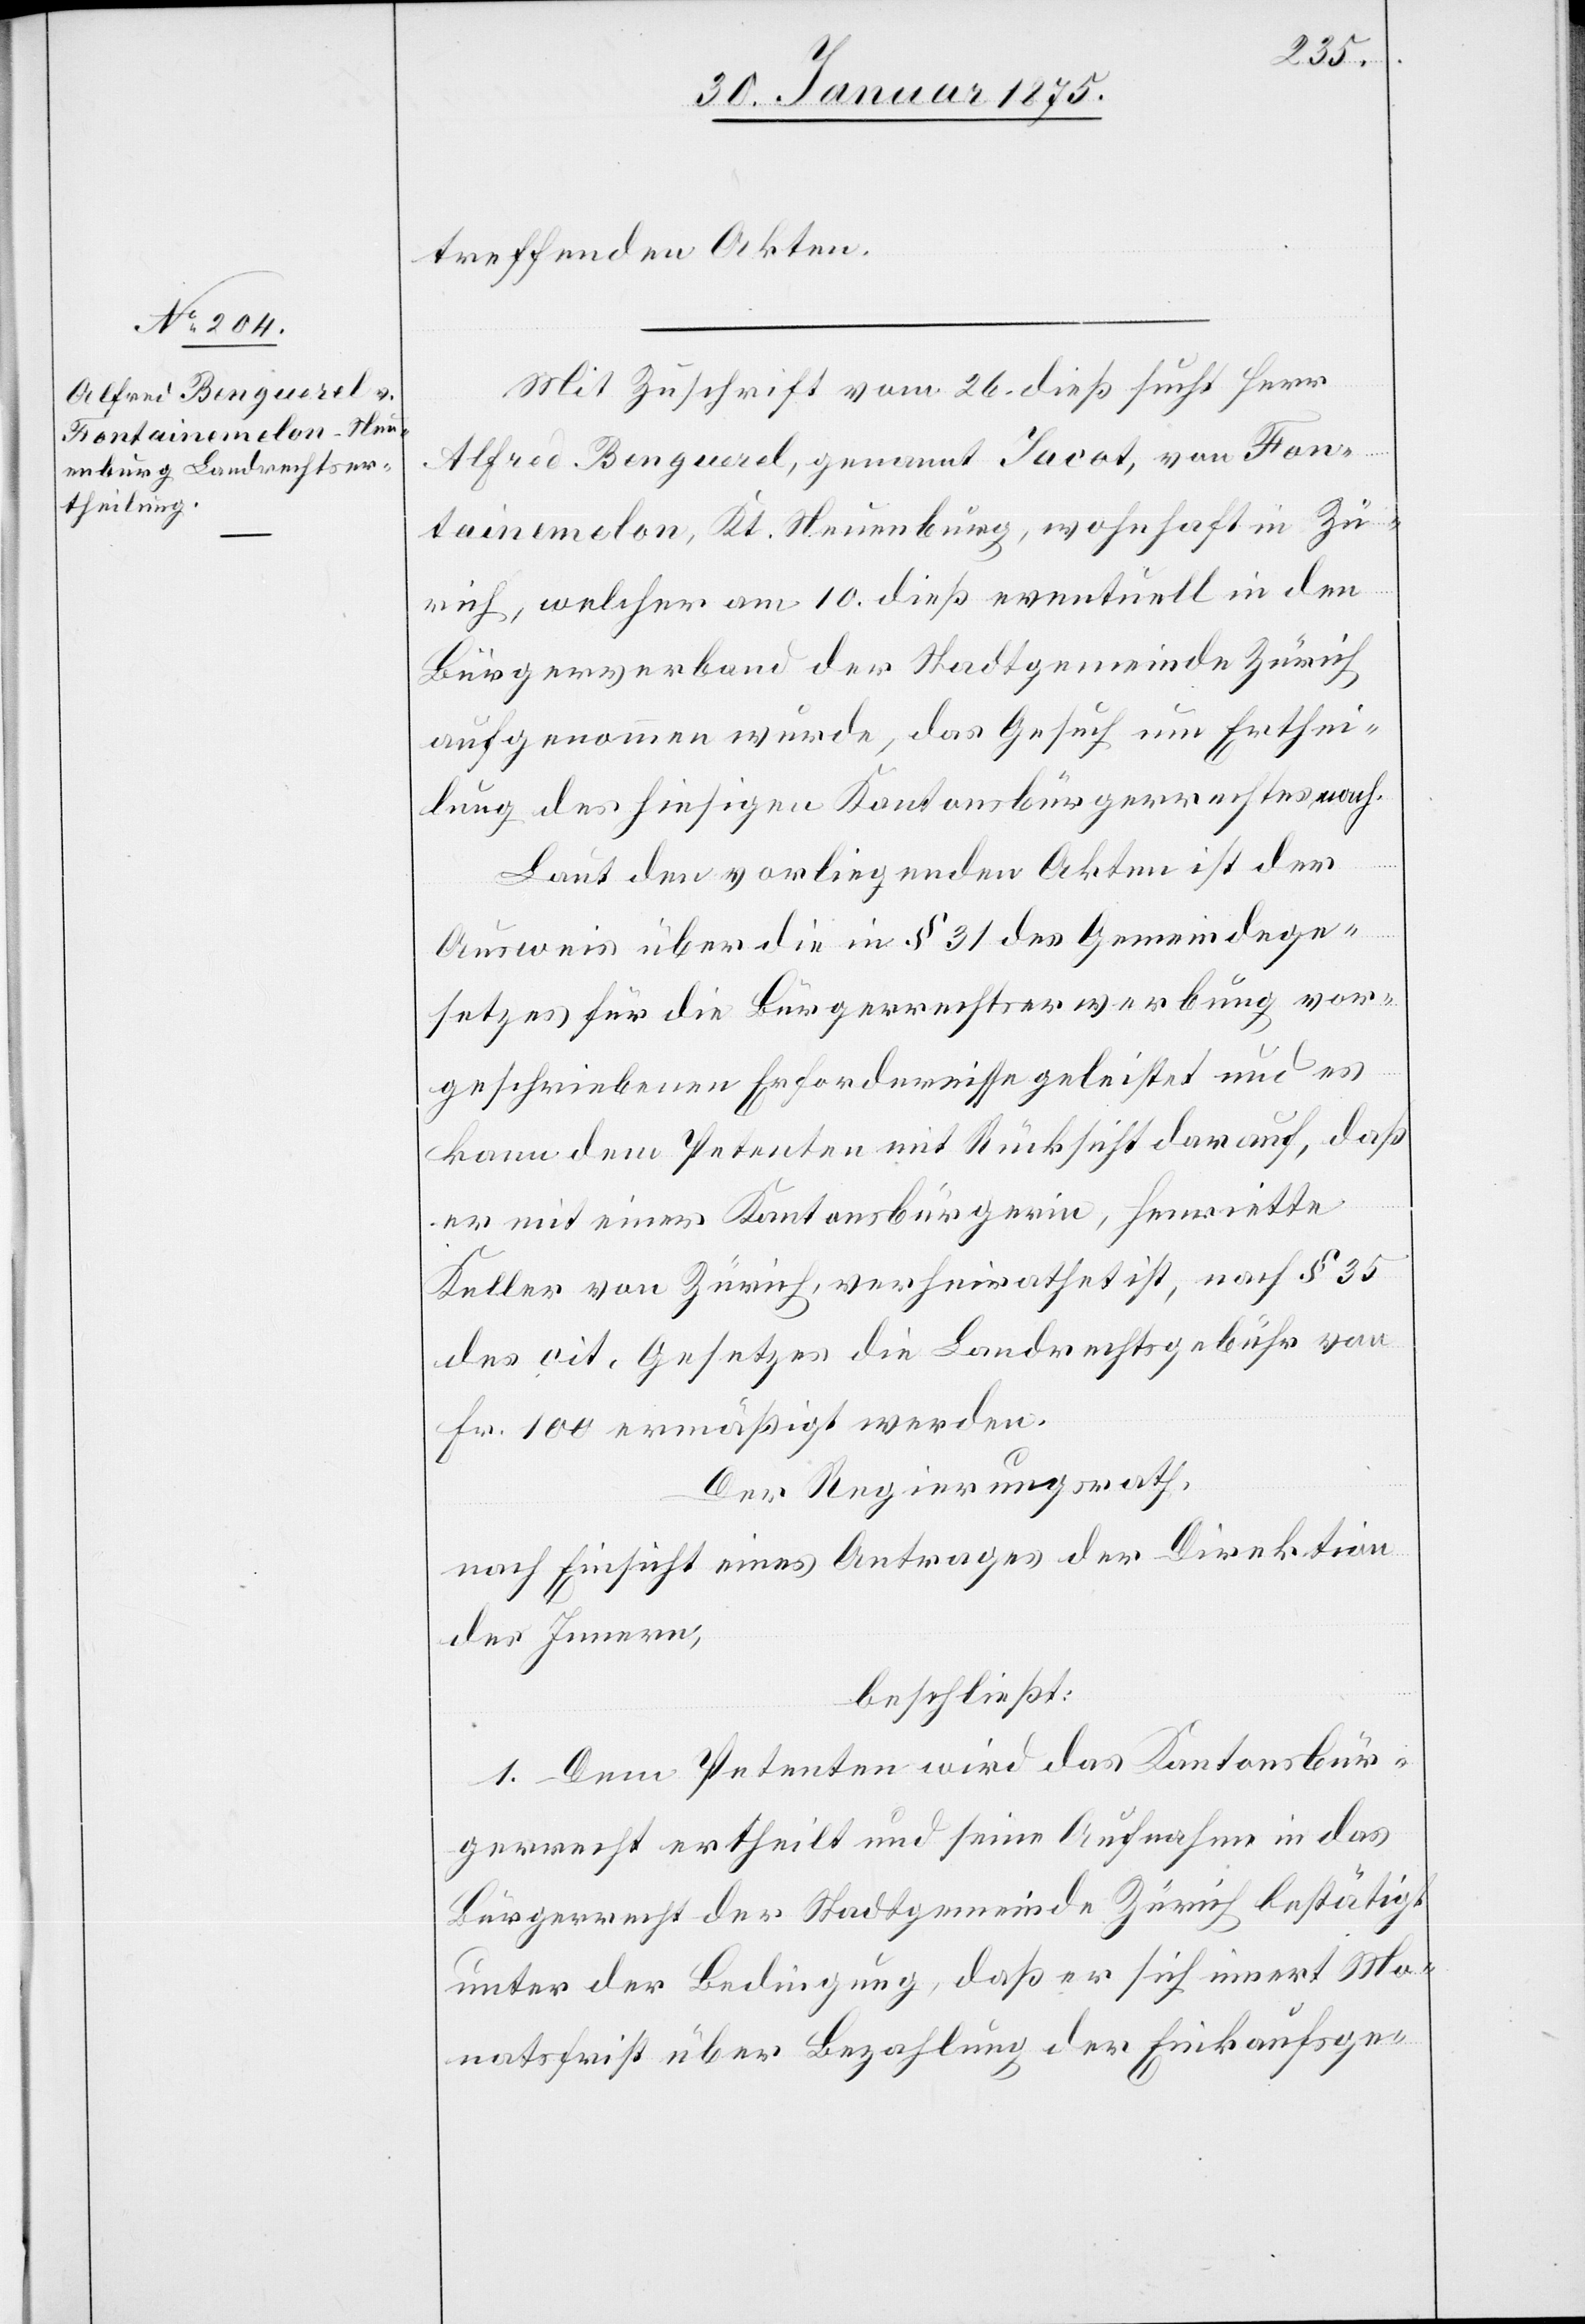
treffenden Akten.
Mit Zuschrift vom 26. dieß sucht Herr
Alfred Benguerel, genannt Jacot, von Fon¬
tainemelon, Kt. Neuenburg, wohnhaft in Zü¬
rich, welcher am 10. dieß eventuell in den
Bürgerverband der Stadtgemeinde Zürich
aufgenommen wurde, das Gesuch um Erthei¬
lung des hiesigen Kantonsbürgerrechtes nach.
Laut den vorliegenden Akten ist der
Ausweis über dien § 31 des Gemeindege¬
setzes für die Bürgerrechtserwerbung vor¬
geschriebenen Erfordernisse geleistet und es
kann dem Petenten mit Rücksicht darauf, daß
er mit einer Kantonsbürgerin, Henriette
Keller von Zürich, verheirathet ist, nach § 35
des cit. Gesetzes die Landrechtsgebühr von
Fr. 100 ermäßigt werden.
Der Regierungsrath,
nach Einsicht eines Antrages der Direktion
des Innern,
beschließt:
1. Dem Petenten wird das Kantonsbür¬
gerrecht ertheilt und seine Aufnahme in das
Bürgerrecht der Stadtgemeinde Zürich bestätigt
unter der Bedingung, daß er sich innert Mo¬
natsfrist über Bezahlung der Einkaufsge-